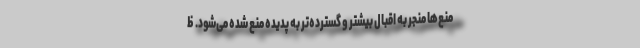
منع‌ها منجر به اقبال بیشتر و گسترده‌تر به پدیده منع شده می‌شود. ظ